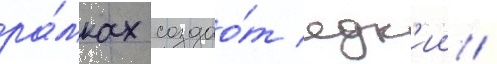
ра́мках создао́т едк'ии /